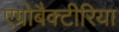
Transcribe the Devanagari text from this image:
एग्रोबैक्टीरिया